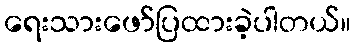
ရေးသားဖော်ပြထားခဲ့ပါတယ်။